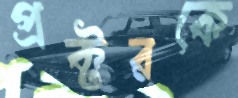
প্রক্টরকে